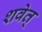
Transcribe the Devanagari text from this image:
शवेत्